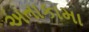
અતાકામા